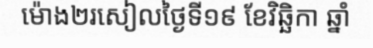
ម៉ោង២រសៀលថ្ងៃទី១៩ ខែវិឆ្ឆិកា ឆ្នាំ